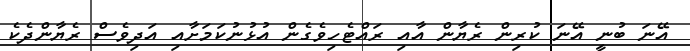
އޭނަ ބުނީ އޭނަ ކުރިން ރެޔާން އާއި ރައްޓެހިވެގެން އުޅުނުކަމަށާއި އަދިވެސް ރެޔާންދެކެ